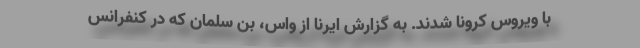
با ویروس کرونا شدند. به گزارش ایرنا از واس، بن سلمان که در کنفرانس